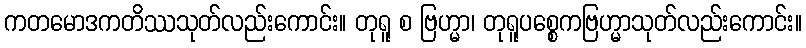
ကတမောဒကတိဿသုတ်လည်းကောင်း။ တုရူ စ ဗြဟ္မာ၊ တုရူပစ္စေကဗြဟ္မာသုတ်လည်းကောင်း။